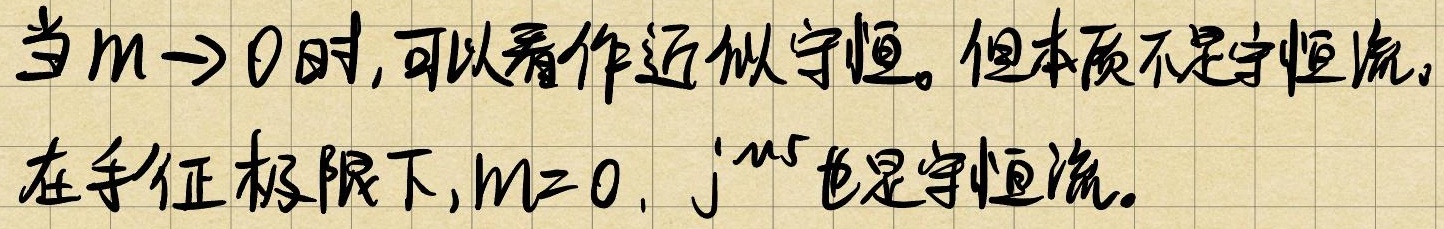
当\(m \to 0\)时，可以看作近似守恒。但本质不是守恒流。在手征极限下，\(m = 0\)，\(j^{\mu 5}\)也是守恒流。